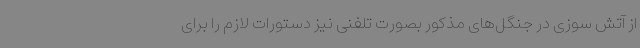
از آتش سوزی در جنگل‌های مذکور بصورت تلفنی نیز دستورات لازم را برای